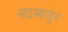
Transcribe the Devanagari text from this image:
सदस्यातून